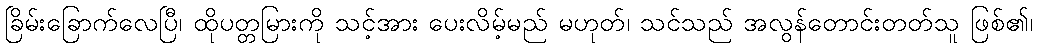
ခြိမ်းခြောက်လေပြီ၊ ထိုပတ္တမြားကို သင့်အား ပေးလိမ့်မည် မဟုတ်၊ သင်သည် အလွန်တောင်းတတ်သူ ဖြစ်၏၊